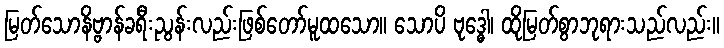
မြတ်သောနိဗ္ဗာန်ခရီးညွန်းလည်းဖြစ်တော်မူထသော။ သောပိ ဗုဒ္ဓေါ၊ ထိုမြတ်စွာဘုရားသည်လည်း။